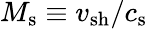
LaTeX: M_{\mathrm{s}}\equiv v_{\mathrm{sh}}/c_{\mathrm{s}}